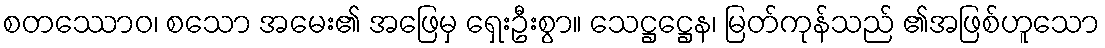
စတဿောဝ၊ စသော အမေး၏ အဖြေမှ ရှေးဦးစွာ။ သေဋ္ဌဋ္ဌေန၊ မြတ်ကုန်သည် ၏အဖြစ်ဟူသော